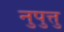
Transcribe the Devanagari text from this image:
नुपुत्तु